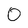
Character: 0